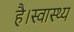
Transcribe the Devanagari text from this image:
है।स्वास्थ्य